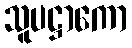
သူပဋ္ဌာကော